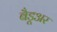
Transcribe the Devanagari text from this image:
बैडूअर